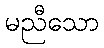
မညီသော